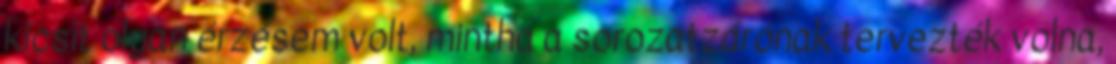
kicsit olyan érzésem volt, mintha a sorozatzárónak tervezték volna,